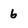
Character: 6